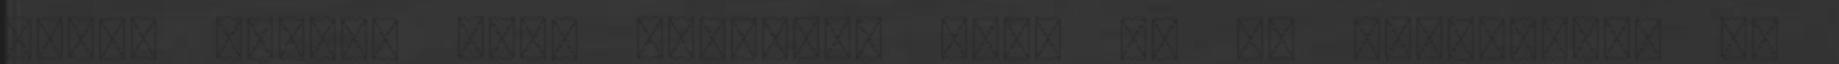
Újévi lencse újra gondolva Idén én is újítottam, és